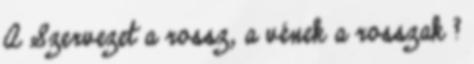
A Szervezet a rossz, a vének a rosszak ?